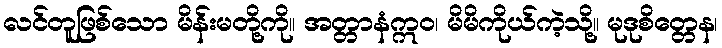
လင်တူဖြစ်သော မိန်းမတို့ကို။ အတ္တာနံဣဝ၊ မိမိကိုယ်ကဲ့သို့။ မုဒုစိတ္တေန၊